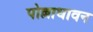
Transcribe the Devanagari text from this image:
पोल्लाधावन